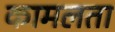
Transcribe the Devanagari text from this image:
कामलता